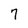
Character: 7